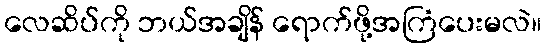
လေဆိပ်ကို ဘယ်အချိန် ရောက်ဖို့အကြံပေးမလဲ။